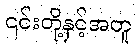
၎င်းတို့နှင့်အတူ